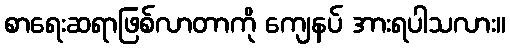
စာရေးဆရာဖြစ်လာတာကို ကျေနပ် အားရပါသလား။